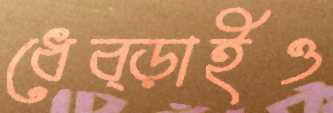
ধেব্‌ড়াইও